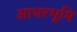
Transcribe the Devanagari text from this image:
आधरभूमि